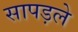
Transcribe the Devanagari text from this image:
सापड़ले